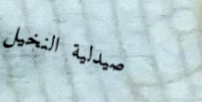
صيدلية النخيل